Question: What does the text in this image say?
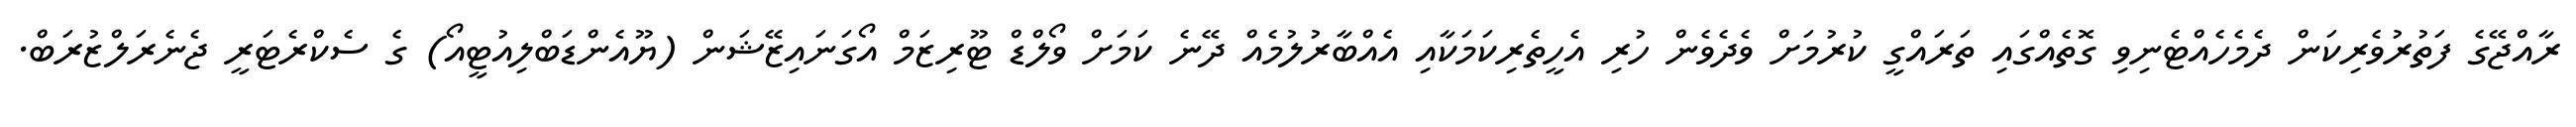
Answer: ރާއްޖޭގެ ފަތުރުވެރިކަން ދެމެހެއްޓެނިވި ގޮތެއްގައި ތަރައްގީ ކުރުމަށް ވެދެވެން ހުރި އެހީތެރިކަމަކާއި އެއްބާރުލުމެއް ދޭނެ ކަމަށް ވޯލްޑް ޓޫރިޒަމް އޯގަނައިޒޭޝަން (ޔޫއެންޑަބްލިއުޓީއޯ) ގެ ސެކްރެޓަރީ ޖެނެރަލްޒުރަބް.